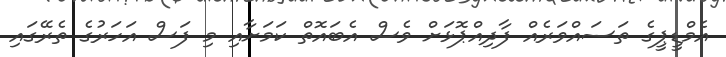
އެމްޑީޕީގެ ތަސައްވަރެއް ފާދިއްޕޮޅަށް ވެސް އެބައޮތް ކަމަށާއި މި ފަސް އަހަރުގެ ތެރޭގައި